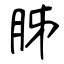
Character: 胏